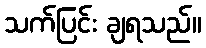
သက်ပြင်း ချရသည်။